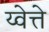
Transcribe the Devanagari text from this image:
य्वेत्ते